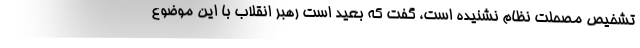
تشخیص مصحلت نظام نشنیده است، گفت که بعید است رهبر انقلاب با این موضوع